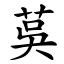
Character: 茣